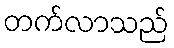
တက်လာသည်